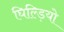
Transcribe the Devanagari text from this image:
घिल्ड़ियो